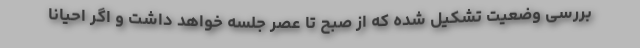
بررسی وضعیت تشکیل شده که از صبح تا عصر جلسه خواهد داشت و اگر احیاناً